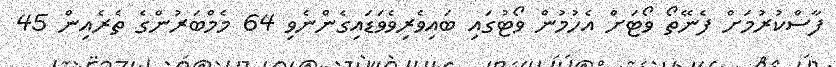
ފާސްކުރުމަށް ފެނޭތޯ ވޯޓަށް އެހުމުން ވޯޓުގައި ބައިވެރިވެވަޑައިގެންނެވި 64 މެމްބަރުންގެ ތެރެއިން 45